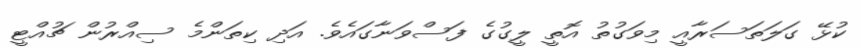
ކުޅޭ ގަލަތަސަރާއީ މިވަގުތު އޮތީ ލީގުގެ ފަސްވަނާގައެވެ. އަދި ކިތަންމެ ސިއްރުން ޗުއްޓީ